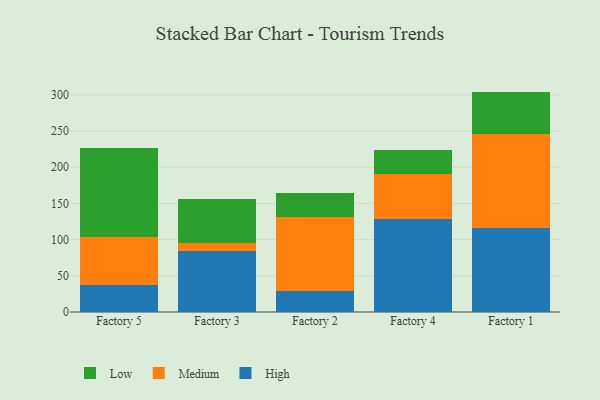
{"axis": {"x": "Factory", "y": "Gross Profit (USD K)"}, "legend": ["High", "Low", "Medium"], "data": [{"x": "Factory 5", "y": 38.0, "type": "High"}, {"x": "Factory 5", "y": 65.5, "type": "Medium"}, {"x": "Factory 5", "y": 123.5, "type": "Low"}, {"x": "Factory 3", "y": 83.6, "type": "High"}, {"x": "Factory 3", "y": 11.9, "type": "Medium"}, {"x": "Factory 3", "y": 60.3, "type": "Low"}, {"x": "Factory 2", "y": 29.2, "type": "High"}, {"x": "Factory 2", "y": 101.6, "type": "Medium"}, {"x": "Factory 2", "y": 33.9, "type": "Low"}, {"x": "Factory 4", "y": 128.8, "type": "High"}, {"x": "Factory 4", "y": 61.5, "type": "Medium"}, {"x": "Factory 4", "y": 33.8, "type": "Low"}, {"x": "Factory 1", "y": 116.6, "type": "High"}, {"x": "Factory 1", "y": 128.7, "type": "Medium"}, {"x": "Factory 1", "y": 59.2, "type": "Low"}]}